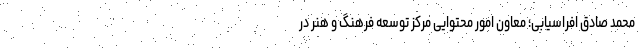
محمد صادق افراسیابی؛ معاون امور محتوایی مرکز توسعه فرهنگ و هنر در